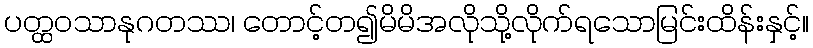
ပတ္ထဝသာနုဂတဿ၊ တောင့်တ၍မိမိအလိုသို့လိုက်ရသောမြင်းထိန်းနှင့်။